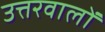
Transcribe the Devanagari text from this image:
उत्तरवालों